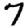
Digit: 7